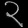
Digit: ၃